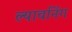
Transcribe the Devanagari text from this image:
ल्यावनिंग